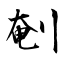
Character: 剦